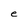
Character: e